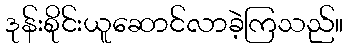
ဒုန်းစိုင်းယူဆောင်လာခဲ့ကြသည်။